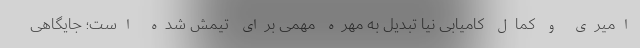
امیری و کمال کامیابی نیا تبدیل به مهره مهمی برای تیمش شده است؛ جایگاهی